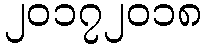
၂၀၁၇၂၀၁၈